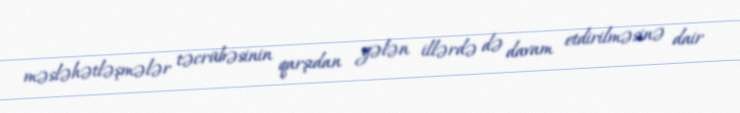
məsləhətləşmələr təcrübəsinin qarşıdan gələn illərdə də davam etdirilməsinə dair